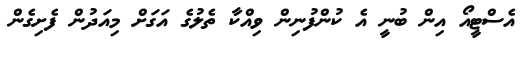
އެސްޓީއޯ އިން ބުނީ އެ ކުންފުނިން ވިއްކާ ތެލުގެ އަގަށް މިއަދުން ފެށިގެން